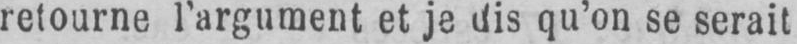
retourne l’argument et je dis qu’on se serait